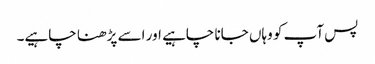
پس آپ کو وہاں جانا چاہیے اور اسے پڑھنا چاہیے۔